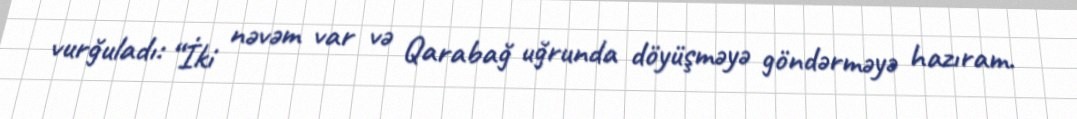
vurğuladı: “İki nəvəm var və Qarabağ uğrunda döyüşməyə göndərməyə hazıram.